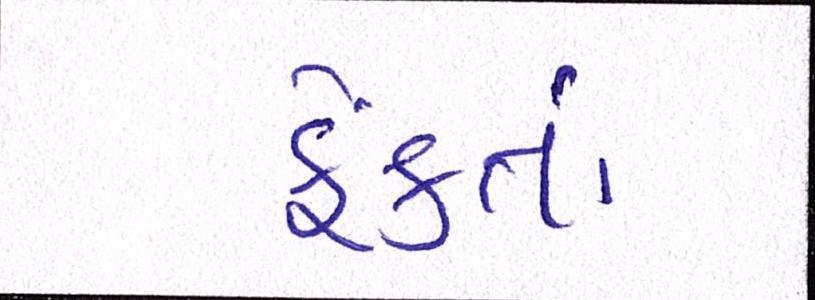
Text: ફેંકતાં